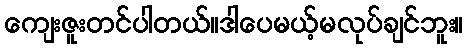
ကျေးဇူးတင်ပါတယ်။ဒါပေမယ့်မလုပ်ချင်ဘူး။